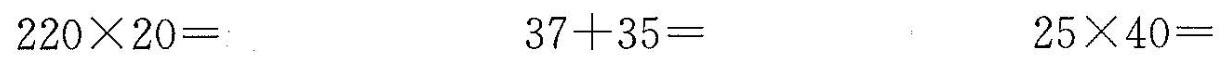
$$2 2 0 \times 2 0 =$$ $$3 7 + 3 5 =$$ $$2 5 \times 4 0 =$$